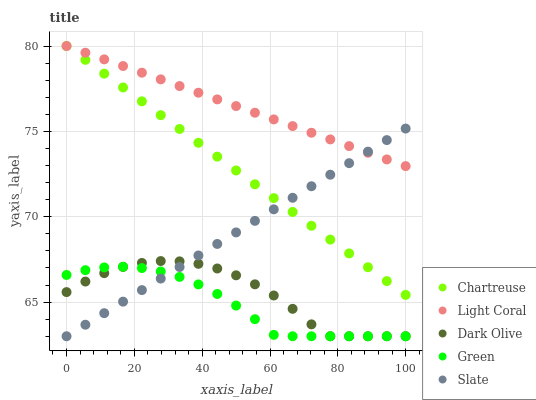
| xaxis_label | Chartreuse | Light Coral | Dark Olive | Green | Slate |
 | --- | --- | --- | --- | --- | --- |
 | 0 | 80 | 80 | 65.6 | 66.6 | 63 |
 | 5.56 | 79.2 | 79.6 | 66.2 | 66.9 | 63.7 |
 | 11.1 | 78.4 | 79.2 | 66.7 | 67 | 64.4 |
 | 16.7 | 77.6 | 78.8 | 67.1 | 67.1 | 65 |
 | 22.2 | 76.8 | 78.4 | 67.3 | 67 | 65.7 |
 | 27.8 | 76 | 78 | 67.4 | 66.8 | 66.4 |
 | 33.3 | 75.1 | 77.7 | 67.4 | 66.5 | 67.1 |
 | 38.9 | 74.3 | 77.3 | 67.2 | 66 | 67.7 |
 | 44.4 | 73.5 | 76.9 | 67 | 65.5 | 68.4 |
 | 50 | 72.7 | 76.5 | 66.6 | 64.8 | 69.1 |
 | 55.6 | 71.9 | 76.1 | 66 | 64 | 69.8 |
 | 61.1 | 71.1 | 75.7 | 65.4 | 63.1 | 70.4 |
 | 66.7 | 70.3 | 75.3 | 64.6 | 63 | 71.1 |
 | 72.2 | 69.5 | 74.9 | 63.7 | 63 | 71.8 |
 | 77.8 | 68.7 | 74.5 | 63 | 63 | 72.5 |
 | 83.3 | 67.9 | 74.1 | 63 | 63 | 73.1 |
 | 88.9 | 67 | 73.7 | 63 | 63 | 73.8 |
 | 94.4 | 66.2 | 73.4 | 63 | 63 | 74.5 |
 | 100 | 65.4 | 73 | 63 | 63 | 75.2 |